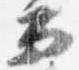
而